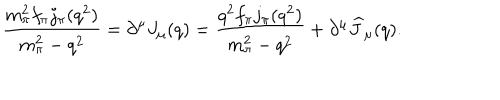
\displaystyle { \frac { m _ { \pi } ^ { 2 } f _ { \pi } j _ { \pi } ( q ^ { 2 } ) } { m _ { \pi } ^ { 2 } - q ^ { 2 } } = \partial ^ { \mu } J _ { \mu } ( q ) = \frac { q ^ { 2 } f _ { \pi } j _ { \pi } ( q ^ { 2 } ) } { m _ { \pi } ^ { 2 } - q ^ { 2 } } + \partial ^ { \mu } \widehat J _ { \mu } ( q ) . }